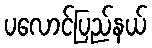
ပလောင်ပြည်နယ်